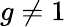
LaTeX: g\neq 1